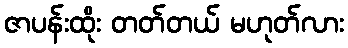
ဇာပန်းထိုး တတ်တယ် မဟုတ်လား